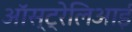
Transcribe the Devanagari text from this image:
ऑस्ट्रेलिआई